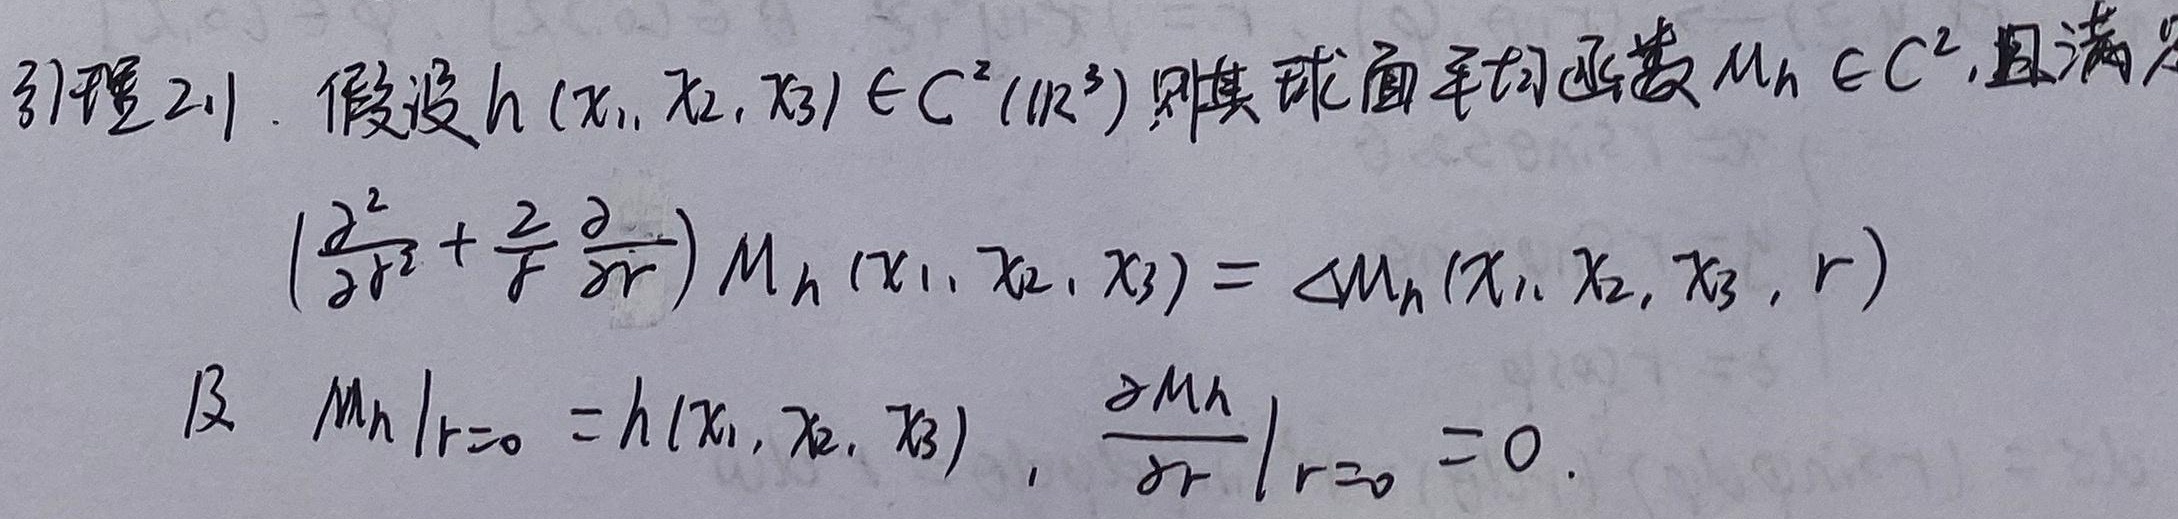
引理2.1. 假设 \(h(x_1, x_2, x_3)\in C^{2}(\mathbb{R}^3)\) 则其球面平均函数 \(M_h\in C^{2}\) ，且满足
\[\left(\frac{\partial^{2}}{\partial r^{2}}+\frac{2}{r}\frac{\partial}{\partial r}\right)M_h(x_1, x_2, x_3)=\Delta M_h(x_1, x_2, x_3,r)\]
及 \(\left.M_h\right|_{r = 0}=h(x_1, x_2, x_3)\)，\(\left.\frac{\partial M_h}{\partial r}\right|_{r = 0}=0\)。